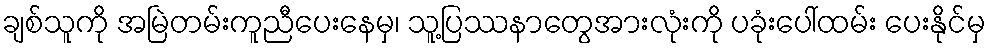
ချစ်သူကို အမြဲတမ်းကူညီပေးနေမှ၊ သူ့ပြဿနာတွေအားလုံးကို ပခုံးပေါ်ထမ်း ပေးနိုင်မှ